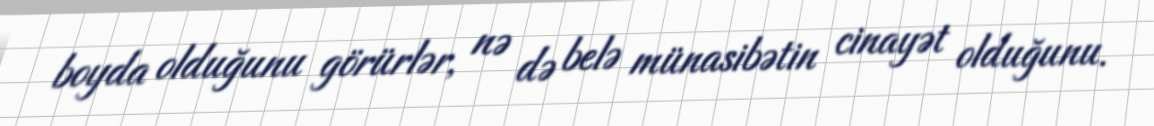
boyda olduğunu görürlər, nə də belə münasibətin cinayət olduğunu.